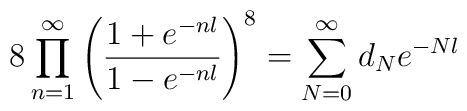
8\prod_{n=1}^\infty\left( \frac{1+e^{-nl}}{1-e^{-nl}}\right)^8=\sum_{N=0}^{\infty} d_N e^{-Nl}